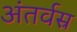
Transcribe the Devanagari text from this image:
अंतर्वस्र